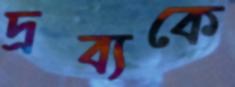
দ্রব্যকে